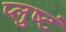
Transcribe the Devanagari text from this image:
प्लुष्टं